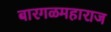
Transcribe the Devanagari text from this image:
बारगळमहाराज